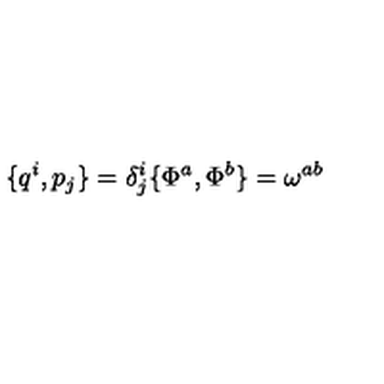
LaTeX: \{ q ^ { i } , p _ { j } \} = \delta _ { j } ^ { i } \{ \Phi ^ { a } , \Phi ^ { b } \} = \omega ^ { a b }